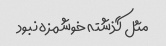
مثل گذشته خوشمزه نبود